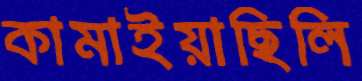
কামাইয়াছিলি